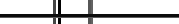
٣٥